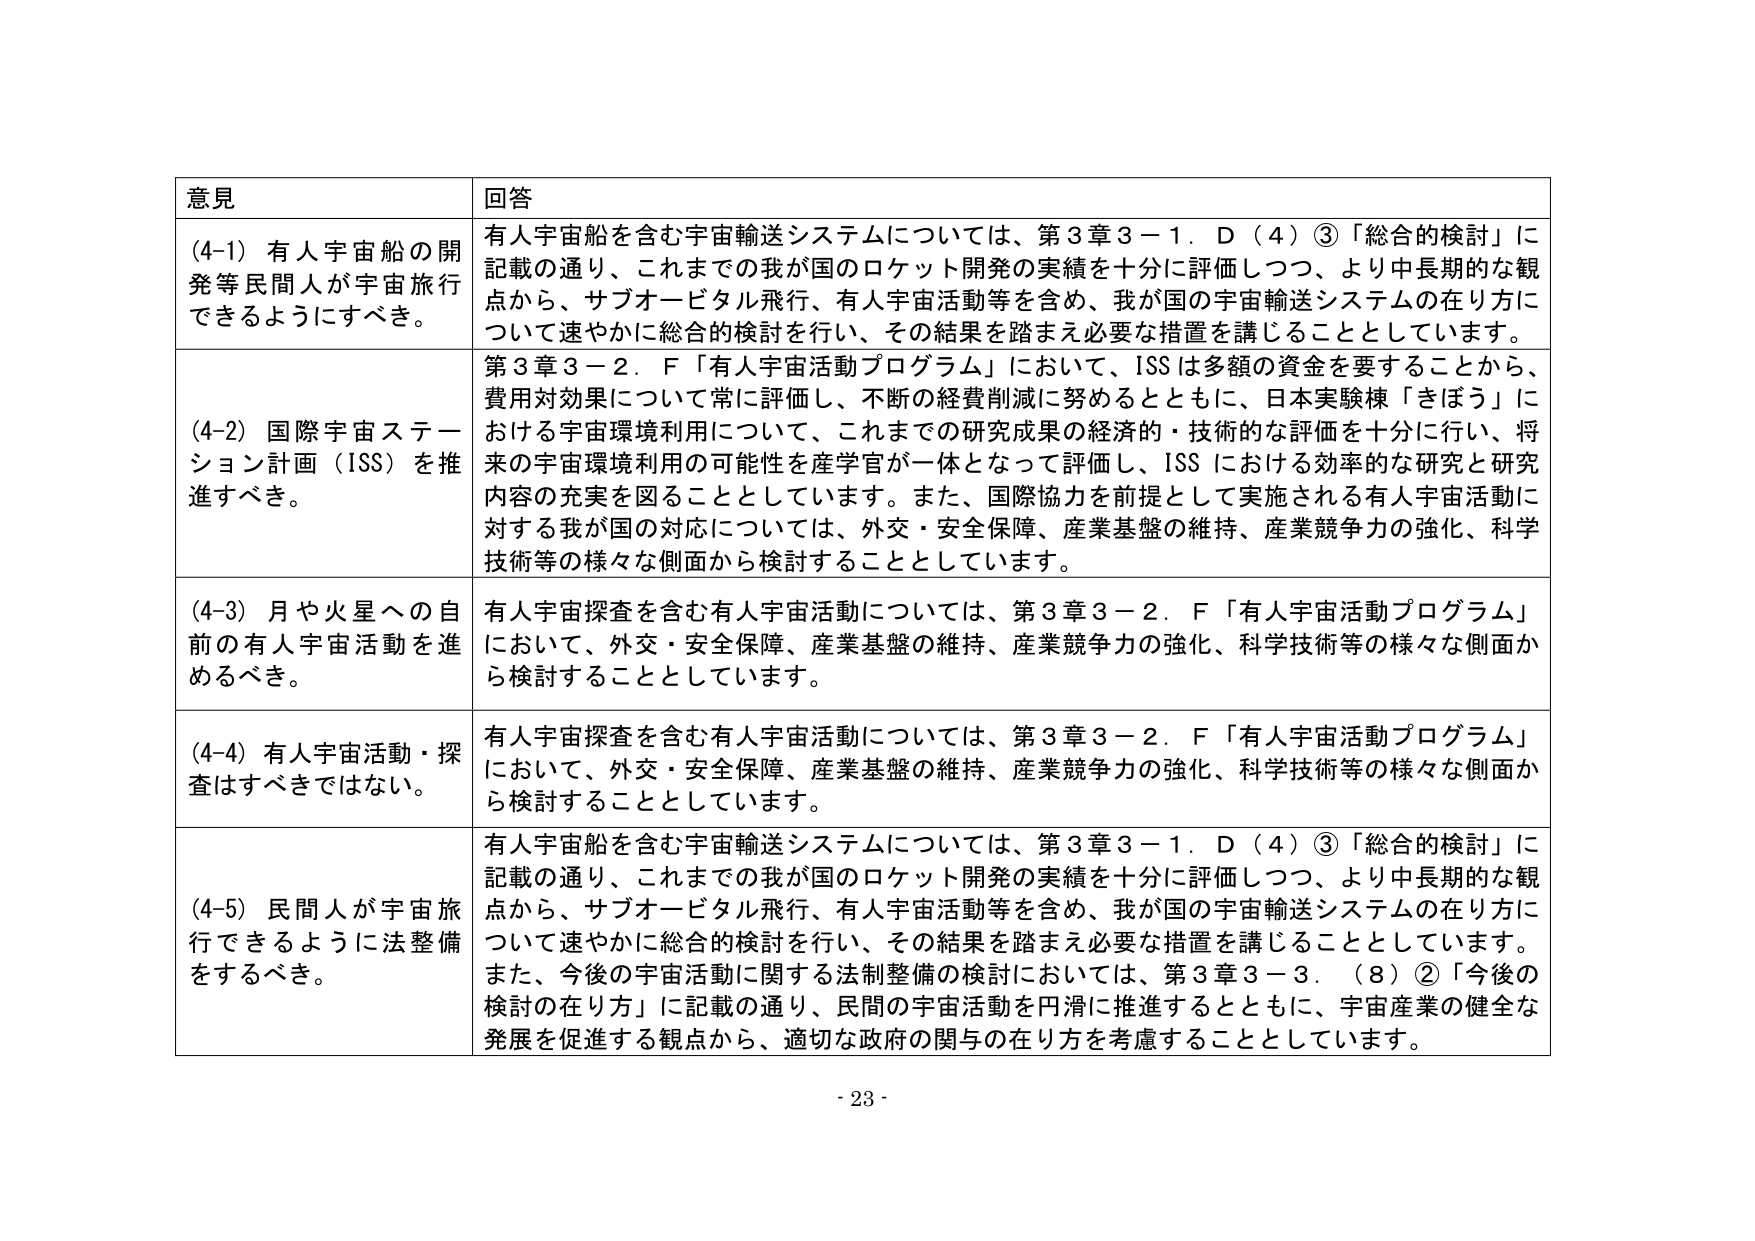
意見 回答
(4-1) 有人宇宙船の開発等民間人が宇宙旅行できるようにすべき。 有人宇宙船を含む宇宙輸送システムについては、第3章3－1．D（4）③「総合的検討」に記載の通り、これまでの我が国のロケット開発の実績を十分に評価しつつ、より中長期的な観点から、サブオービタル飛行、有人宇宙活動等を含め、我が国の宇宙輸送システムの在り方について速やかに総合的検討を行い、その結果を踏まえ必要な措置を講じることとしています。
(4-2) 国際宇宙ステーション計画（ISS）を推進すべき。 第3章3－2．F「有人宇宙活動プログラム」において、ISSは多額の資金を要することから、費用対効果について常に評価し、不断の経費削減に努めるとともに、日本実験棟「きぼう」における宇宙環境利用について、これまでの研究成果の経済的・技術的な評価を十分に行い、将来の宇宙環境利用の可能性を産学官が一体となって評価し、ISSにおける効率的な研究と研究内容の充実を図ることとしています。また、国際協力を前提として実施される有人宇宙活動に対する我が国の対応については、外交・安全保障、産業基盤の維持、産業競争力の強化、科学技術等の様々な側面から検討することとしています。
(4-3) 月や火星への自前の有人宇宙活動を進めるべき。 有人宇宙探査を含む有人宇宙活動については、第3章3－2．F「有人宇宙活動プログラム」において、外交・安全保障、産業基盤の維持、産業競争力の強化、科学技術等の様々な側面から検討することとしています。
(4-4) 有人宇宙活動・探査はすべきではない。 有人宇宙探査を含む有人宇宙活動については、第3章3－2．F「有人宇宙活動プログラム」において、外交・安全保障、産業基盤の維持、産業競争力の強化、科学技術等の様々な側面から検討することとしています。
(4-5) 民間人が宇宙旅行できるように法整備をするべき。 有人宇宙船を含む宇宙輸送システムについては、第3章3－1．D（4）③「総合的検討」に記載の通り、これまでの我が国のロケット開発の実績を十分に評価しつつ、より中長期的な観点から、サブオービタル飛行、有人宇宙活動等を含め、我が国の宇宙輸送システムの在り方について速やかに総合的検討を行い、その結果を踏まえ必要な措置を講じることとしています。また、今後の宇宙活動に関する法制整備の検討においては、第3章3－3．（8）②「今後の検討の在り方」に記載の通り、民間の宇宙活動を円滑に推進するとともに、宇宙産業の健全な発展を促進する観点から、適切な政府の関与の在り方を考慮することとしています。
- 23 -